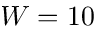
W = 1 0